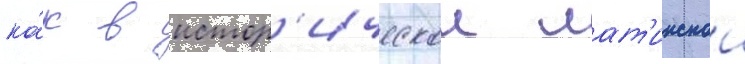
ка́к в истор'ическои лат'инскои